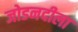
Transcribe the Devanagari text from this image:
जोडनदीला